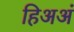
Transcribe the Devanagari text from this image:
हिअअं